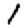
Digit: 1